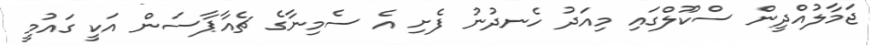
ޖަމާލުއްދީން ސްކޫލްގައި މިއަދު ހެނދުނު ފެށި އެ ސެމިނާގެ ޗެއާޕާސަން އަކީ ގައުމީ